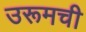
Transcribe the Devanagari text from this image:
उरूमची